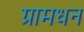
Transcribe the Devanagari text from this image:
ग्रामधन